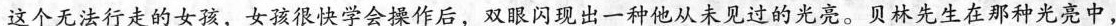
这个无法行走的女孩，女孩很快登会操作后，双眼闪现出一种他从未见过的光亮。贝林先生在那种光亮中，